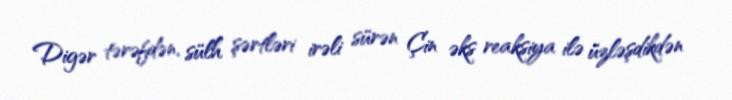
Digər tərəfdən, sülh şərtləri irəli sürən Çin əks reaksiya ilə üzləşdikdən